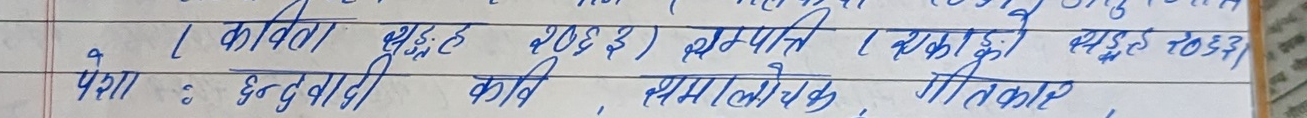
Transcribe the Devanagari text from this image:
पेशा : छन्दवादी कवि , समालोचक , गीतकार